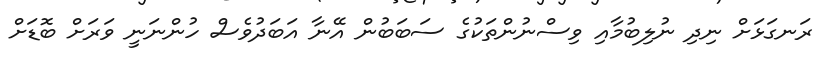
ރަނގަޅަށް ނިދި ނުލިބުމާއި ވިސްނުންތަކުގެ ސަބަބުން އޭނާ އަބަދުވެސް ހުންނަނީ ވަރަށް ބޮޑަށް